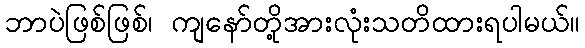
ဘာပဲဖြစ်ဖြစ်၊ ကျနော်တို့အားလုံးသတိထားရပါမယ်။